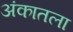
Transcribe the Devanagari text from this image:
अंकातला